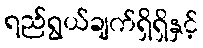
ရည်ရွယ်ချက်ရှိရှိနှင့်